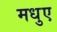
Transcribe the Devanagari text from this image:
मधुए